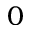
0